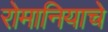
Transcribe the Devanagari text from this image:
रोमानियाचे